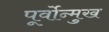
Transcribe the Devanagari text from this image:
पूर्वोन्मुख